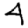
Digit: 4